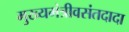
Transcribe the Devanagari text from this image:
मुख्यमंत्रीवसंतदादा